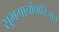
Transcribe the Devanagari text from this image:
सुभगार्चापारिजात